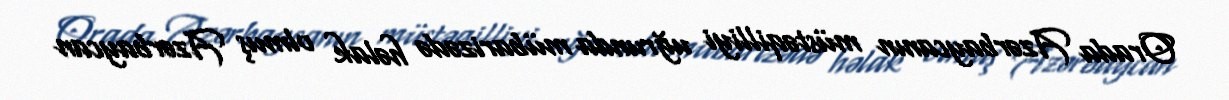
Orada Azərbaycanın müstəqilliyi uğrunda mübarizədə həlak olmuş Azərbaycan